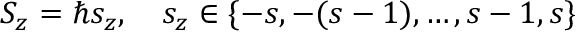
S _ { z } = \hbar s _ { z } , \quad s _ { z } \in \{ - s , - ( s - 1 ) , \dots , s - 1 , s \} \,